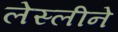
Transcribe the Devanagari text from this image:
लेस्‍लीने